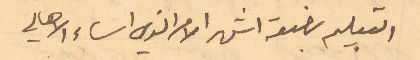
التعليم بضعة اشهر الامر الذي اساء الاهالي